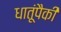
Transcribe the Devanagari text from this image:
धातूंपैकी